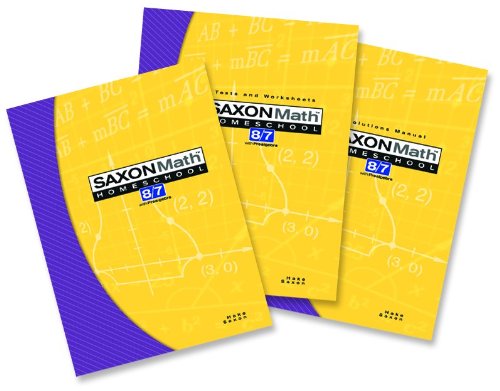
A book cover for Saxon Math 8/7 with Prealgebra (Kit: Text, Test/Worksheets, Solutions Manual); SAXON PUBLISHERS; Teen & Young Adult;